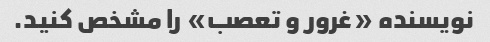
نویسنده «غرور و تعصب» را مشخص کنید.